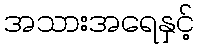
အသားအရေနှင့်